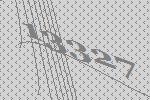
13327